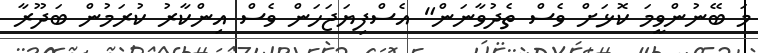
މަ ބޭނުންވީމަ ކޮޅަށް ވެސް ތެދުވާނަން" އެސްފިޔަޖަހަން ވެސް އިންކާރު ކުރަމުން ބަދޫރާ